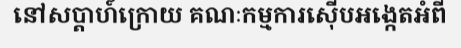
នៅសប្តាហ៍ក្រោយ គណៈកម្មការស៊ើបអង្កេតអំពី